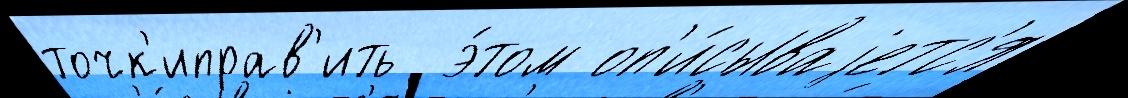
точк'иправ'ить  э́том оп'и́сываjетс'я